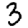
Digit: 3